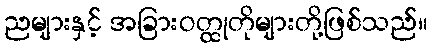
ညများနှင့် အခြားဝတ္ထုတိုများတို့ဖြစ်သည်။